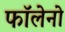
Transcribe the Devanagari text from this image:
फॉलेनो